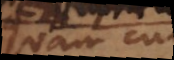
quam cum